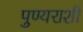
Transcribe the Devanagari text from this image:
पुण्यराशी